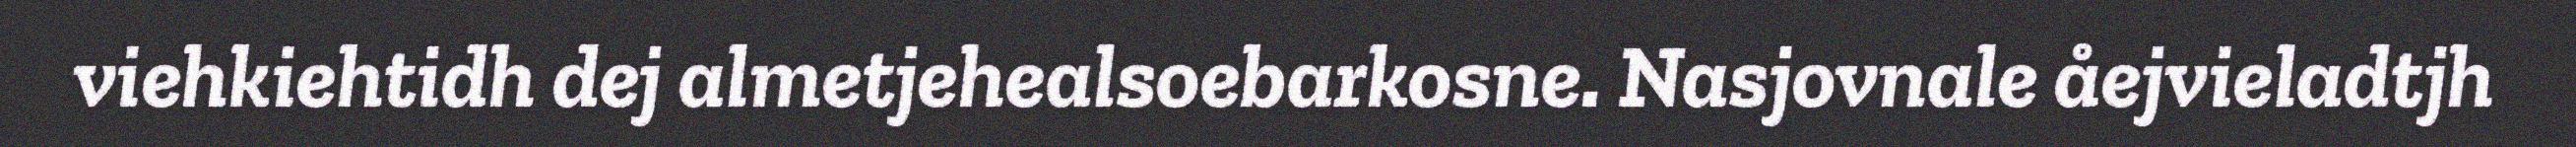
viehkiehtidh dej almetjehealsoebarkosne. Nasjovnale åejvieladtjh